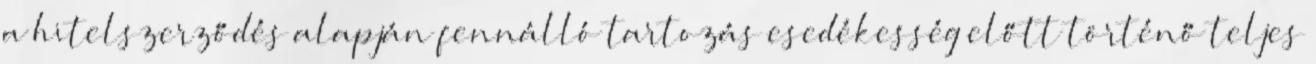
a hitelszerződés alapján fennálló tartozás esedékesség előtt történő teljes